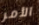
الأمر